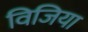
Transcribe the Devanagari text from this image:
विजिया